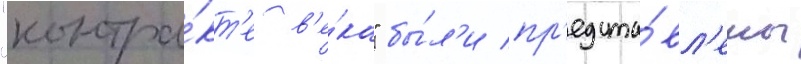
"контра́кт'е в'е́ка" бы́л'и пр'едста́вл'ены